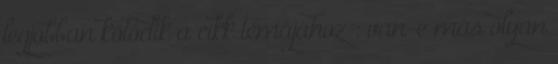
legjobban kötődik a cikk témájához : van-e más olyan